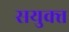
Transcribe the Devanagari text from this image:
सयुक्‍त